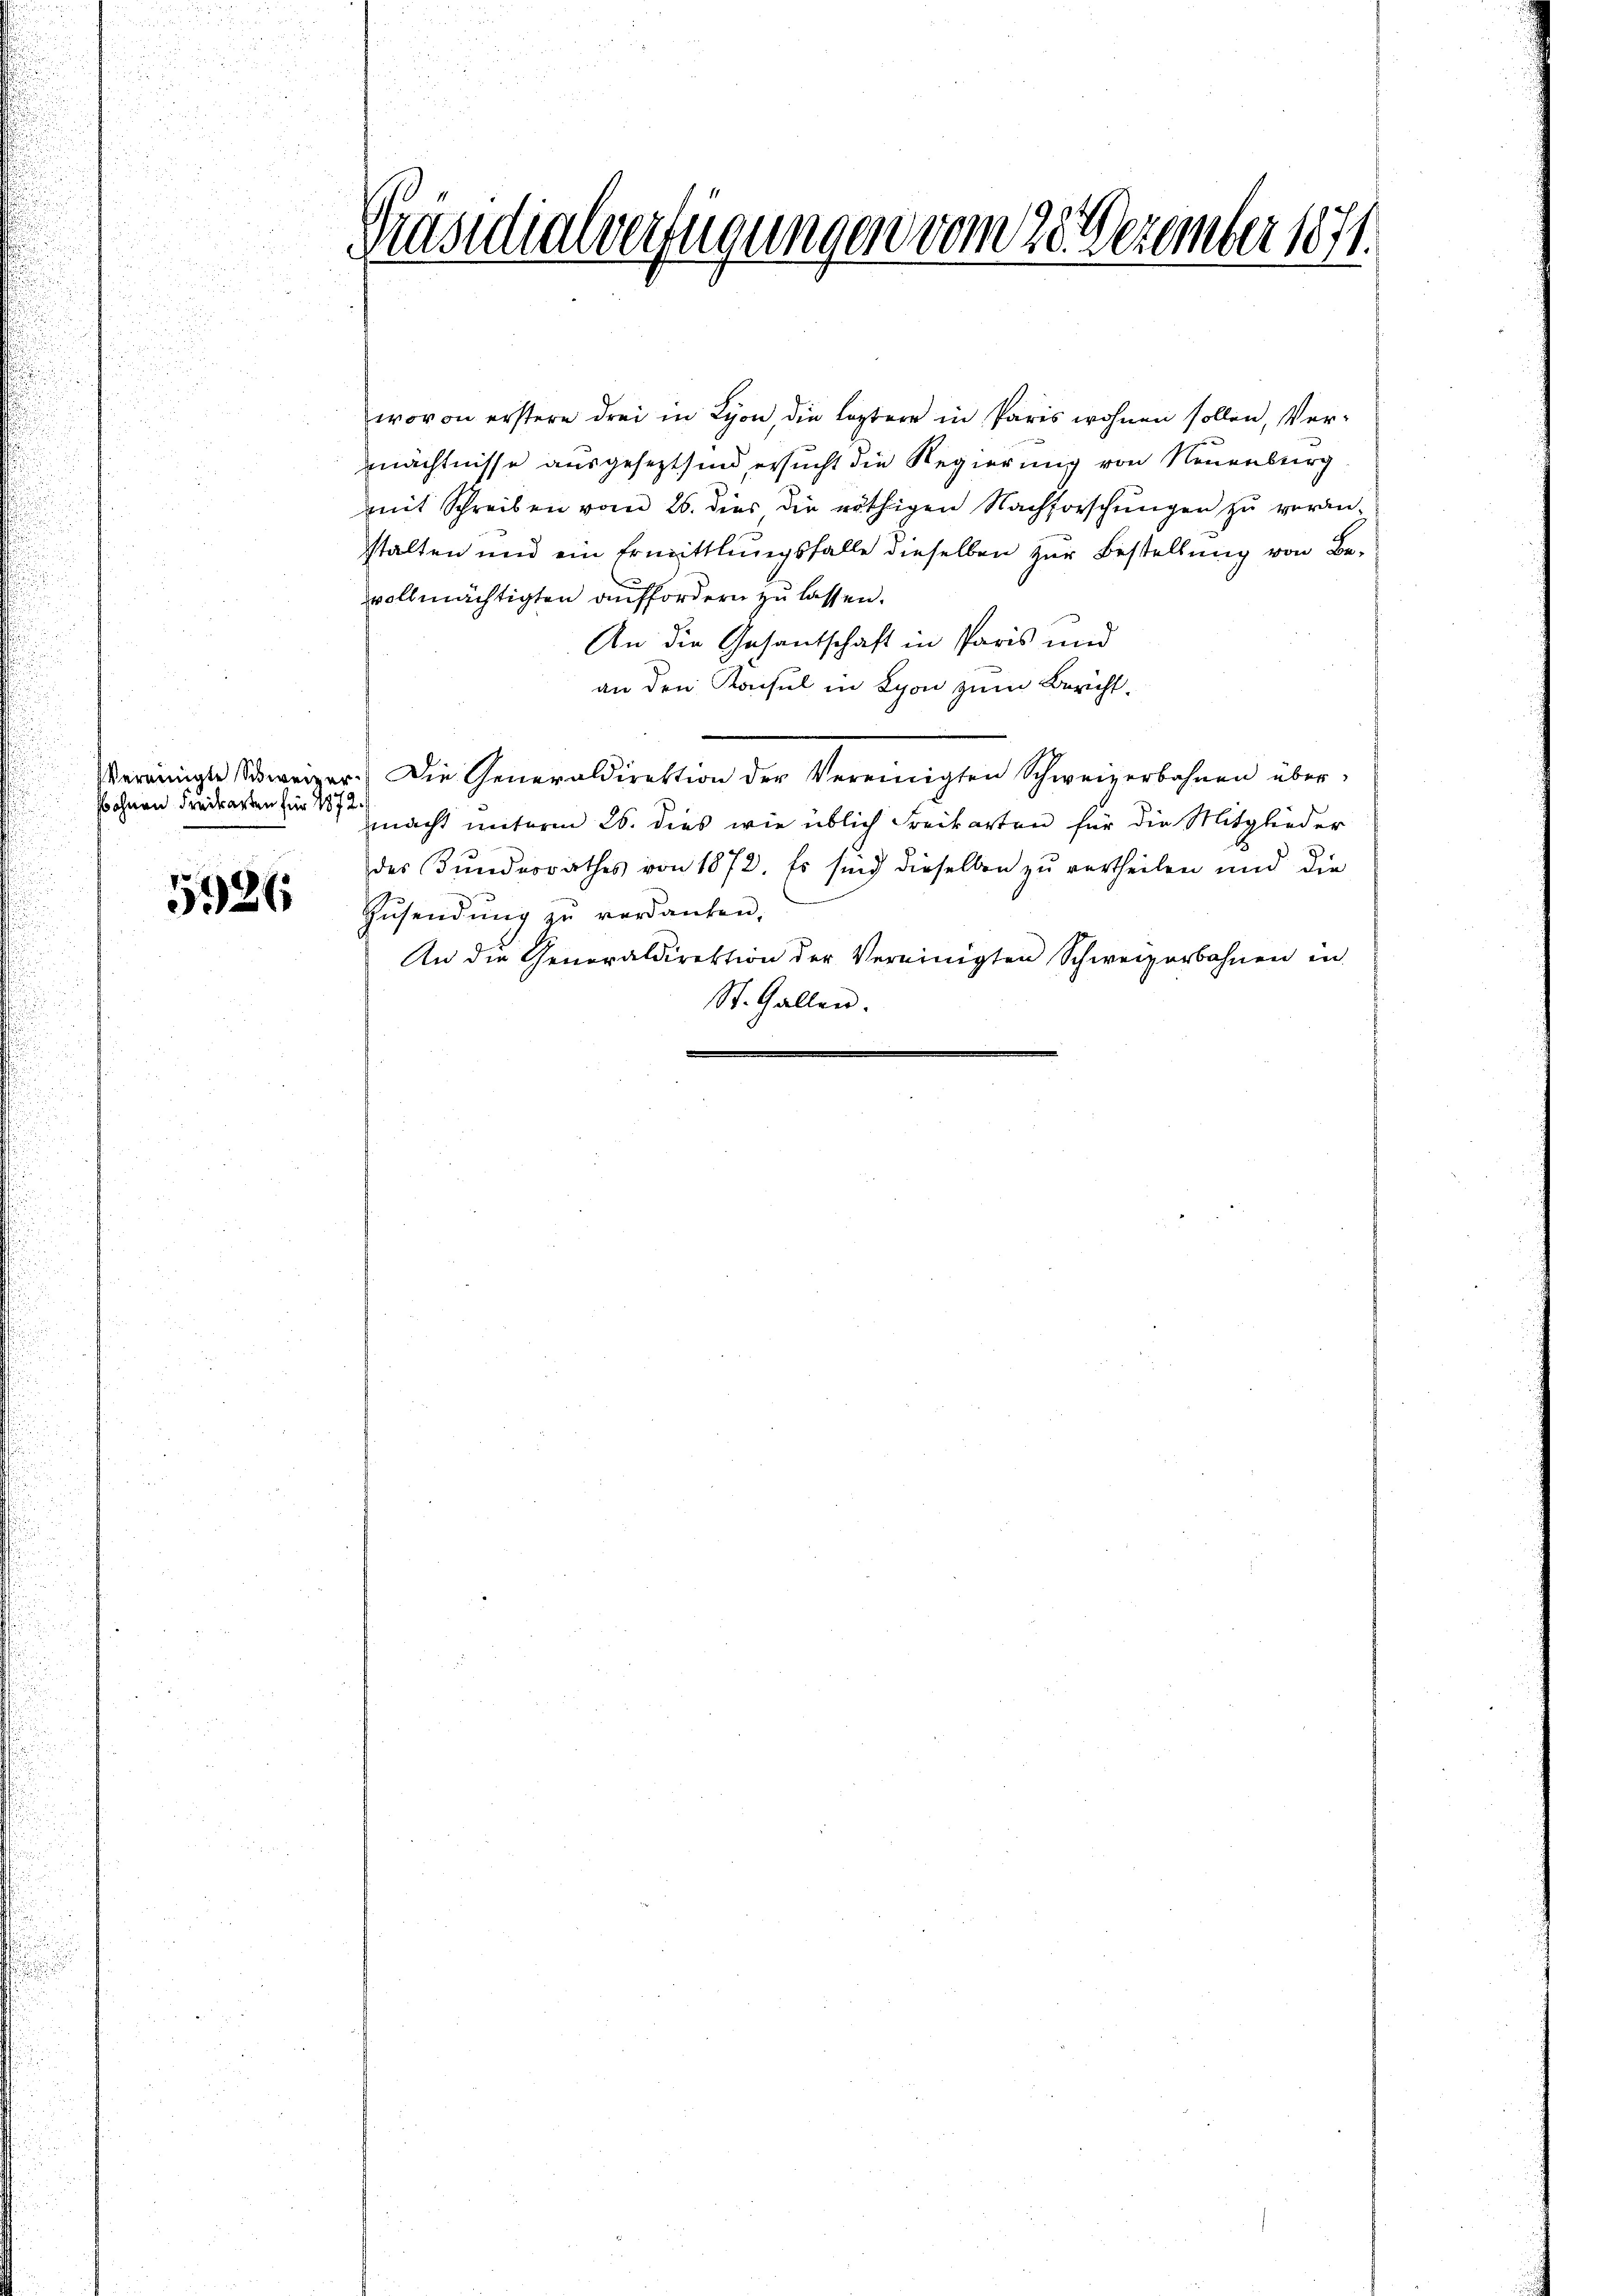
s ohnen Freikarten für 1872

5926

Präsidialverfügungen vom 28. Dezember 1871.

wovon erstere drei in Lyon, die leztere in Paris wohnen sollen, Vermächtnisse ausgesezt sind ersucht die Regierung von Neuenburg
mit Schreiben vom 26. dies die nöthigen Nachforschŭngen zu veran-
stalten und ein Ermittlungsfalle dieselben zur Bestellung von Bevollmächtigten auffordern zu lassen.
An die Gesantschaft in Paris und
an den Konsul in Schon zum Bericht.
Vereinigte Schweizer. Die Generaldirektion der Vereinigten Schweizerbahnen über-
macht unterm 26. dies wie üblich Freikarten für die Mitglieder
des Bundesrathes von 1872. Es sind dieselben zu vertheilen und die
Zŭsendŭng zŭ verdanken,
An die Generaldirektion der Vereinigten Schweizerbahnen in
St. Gallen.